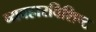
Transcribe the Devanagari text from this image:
व्यवहारविशिष्ट